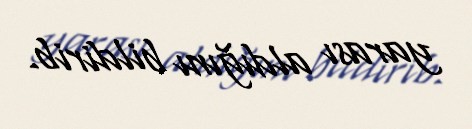
yarası aldığını bildirib.